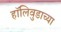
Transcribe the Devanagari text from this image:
हॉलिवुडाच्या